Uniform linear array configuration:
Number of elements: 48
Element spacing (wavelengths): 1
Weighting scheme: hann
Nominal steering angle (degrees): -15
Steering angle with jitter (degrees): -14.764
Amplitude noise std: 0.05
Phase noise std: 0.05

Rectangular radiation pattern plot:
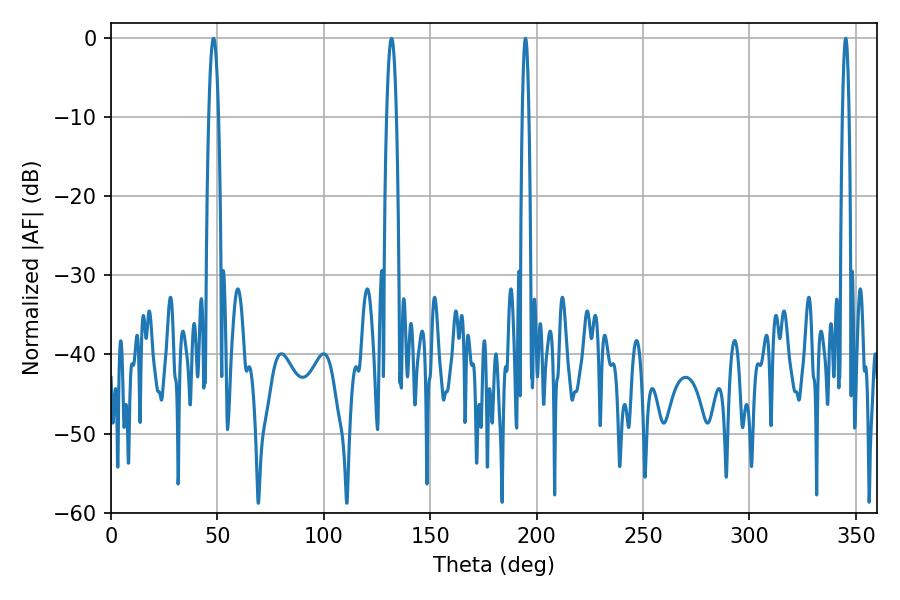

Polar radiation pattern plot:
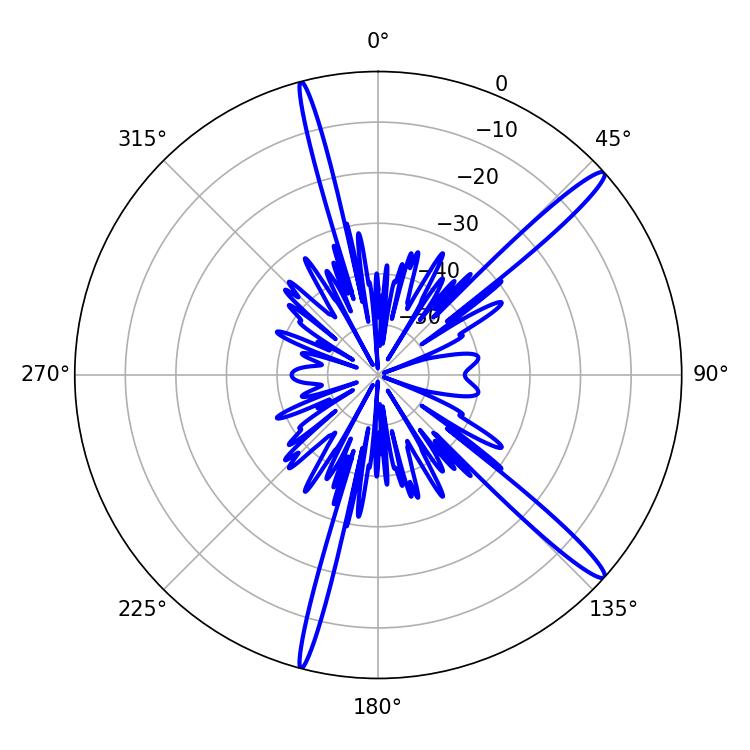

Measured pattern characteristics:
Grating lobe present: TRUE
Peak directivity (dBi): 15.601
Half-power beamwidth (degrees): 1.8
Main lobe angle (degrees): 194.76